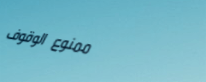
ممنوع الوقوف